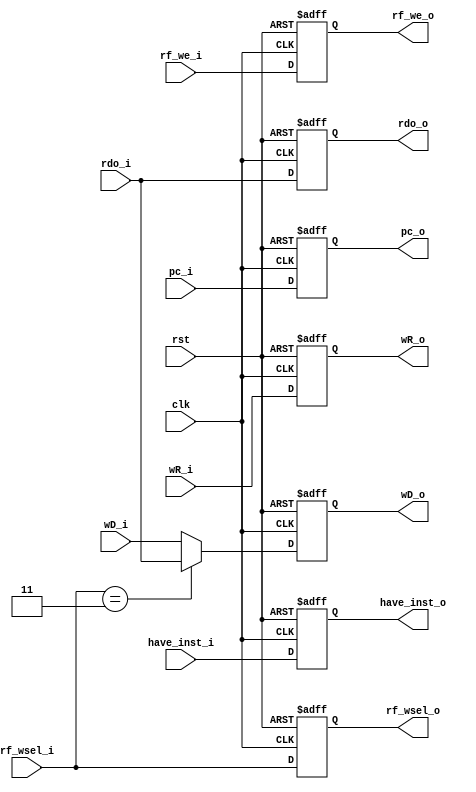
module MEM_WB (
    input clk,
    input rst,

    input [31:0]pc_i,
    output reg [31:0]pc_o,
    input have_inst_i,
    output reg have_inst_o,

    input [1:0]rf_wsel_i,
    input rf_we_i,
    input [4:0]wR_i,
    input [31:0]rdo_i,
    input [31:0]wD_i,

    output reg [31:0]wD_o,
    output reg [1:0]rf_wsel_o,
    output reg rf_we_o,
    output reg [4:0]wR_o,
    output reg [31:0]rdo_o
);

    always @(posedge clk or posedge rst) begin
        if(rst) rf_wsel_o<=2'b0;
        // else if(pipeline_stop) rf_wsel_o<=rf_wsel_o;
        else    rf_wsel_o<=rf_wsel_i;
    end
    
    always @(posedge clk or posedge rst) begin
        if(rst) rf_we_o<=1'b0;
        // else if(pipeline_stop) rf_we_o<=rf_we_o;
        else    rf_we_o<=rf_we_i;
    end

    always @(posedge clk or posedge rst) begin
        if(rst) wR_o<=5'b0;
        // else if(pipeline_stop) wR_o<=wR_o;
        else    wR_o<=wR_i;
    end

    always @(posedge clk or posedge rst) begin
        if(rst) rdo_o<=32'b0;
        // else if(pipeline_stop) rdo_o<=rdo_o;
        else    rdo_o<=rdo_i;
    end

    always @(posedge clk or posedge rst) begin
        if(rst) wD_o<=32'b0;
        // else if(pipeline_stop) wR_o<=wR_o;
        else if(rf_wsel_i == 2'd3) wD_o <= rdo_i;
        else    wD_o<=wD_i;
    end

    always @ (posedge clk or posedge rst) begin
        if(rst)      pc_o <= 32'b0;
        else            pc_o <= pc_i;
    end

    always @ (posedge clk or posedge rst) begin
        if(rst)      have_inst_o <= 1'b0;
        else            have_inst_o <= have_inst_i;
    end

endmodule